Indian journal of veterinary science and animal husbandry - Volume 2,
Year: 1932
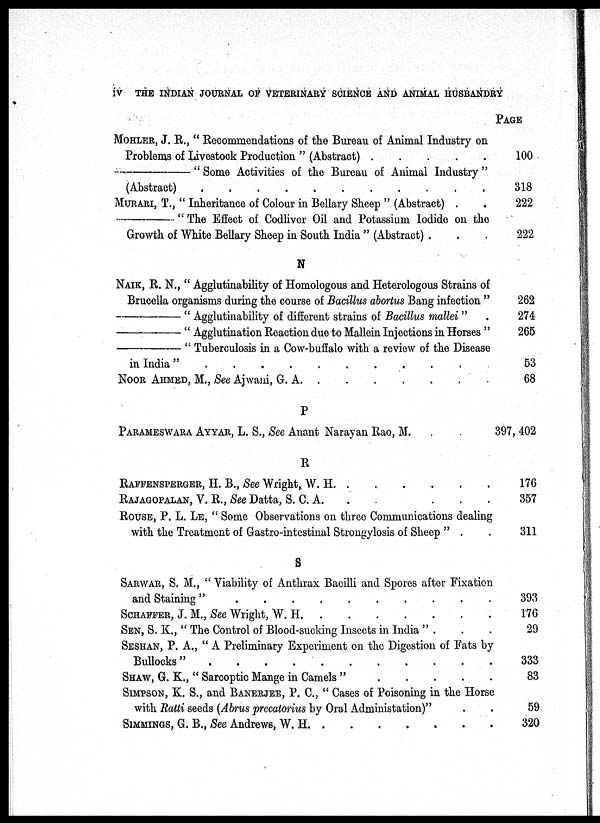
IV THE INDIAN JOURNAL OF VETERINARY SCIENCE AND ANIMAL HUSBANDRY
MOHLER, J. R., " Recommendations of the Bureau of Animal Industry on
Problems of Livestock Production. " (Abstract) . . . . . . . .
—"
Some Activities of the Bureau of Animal Industry "
(Abstract)
.
.
.
.
.
.
.
.
MURARI, T., "Inheritance of Colour in Bellary Sheep " (Abstract) . .
—"The
Effect of Codliver Oil and Potassium Iodide on the
Growth of White Bellary Sheep in South India " (Abstract) . . .
N
NAIK, R. N., " Agglutinability of Homologous and Heterologous Strains of
Brucella organisms during the course of Bacillus abortus Bang infection "
—"Agglutinability
of different strains of Bacillus mallei"
—"
Agglutination Reaction due to Mallein Injections in Horses "
—"
Tuberculosis in a Cow-buffalo with a review of the Disease
in India"
.
.
.
.
.
.
.
.
NOOR AHMED, M., See Ajwani, G, A . . . . . . . .
P
PARAMESWARA AYYAR, L. S., See Anant Narayan Rao, M . . .
R
RAFFENSPERGER, H. B., See Wright, W. H. . . . . . . . .
RAJAGOPALAN, V. R., See Datta, S. C. A. . . . . . . . .
ROUSE, P. L. LE, " Some Observations on three Communications dealing
with the Treatment of Gastro-intestinal Strongylosis of Sheep " . .
S
SARWAR, S. M., " Viability of Anthrax Bacilli and Spores after Fixation
and Staining"
.
.
.
.
.
.
.
.
SCHAFFER, J. M., See Wright, W. H
.
.
.
.
.
.
.
.
SEN, S. K„ " The Control of Blood-sucking Insects in India " . . .
SESHAN, P. A., " A Preliminary Experiment on the Digestion of Fats by
Bullocks"
.
.
.
.
.
.
.
.
SHAW, G. K., " Sarcoptic Mange in Camels " . . . . . . . .
SIMPSON, K. S., and BANERJEE, P. C., " Cases of Poisoning in the Horse
with Ratti seeds (Abrus precatorius by Oral Administation)"
SIMMINGS, G. B., See Andrews, W. H . . . . . . . .
PAGE
100
318
222
222
262
274
265
53
68
397, 402
176
357
311
393
176
29
333
83
59
320